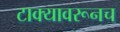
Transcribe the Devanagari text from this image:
टाक्यावरूनच